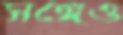
সঙ্গেও